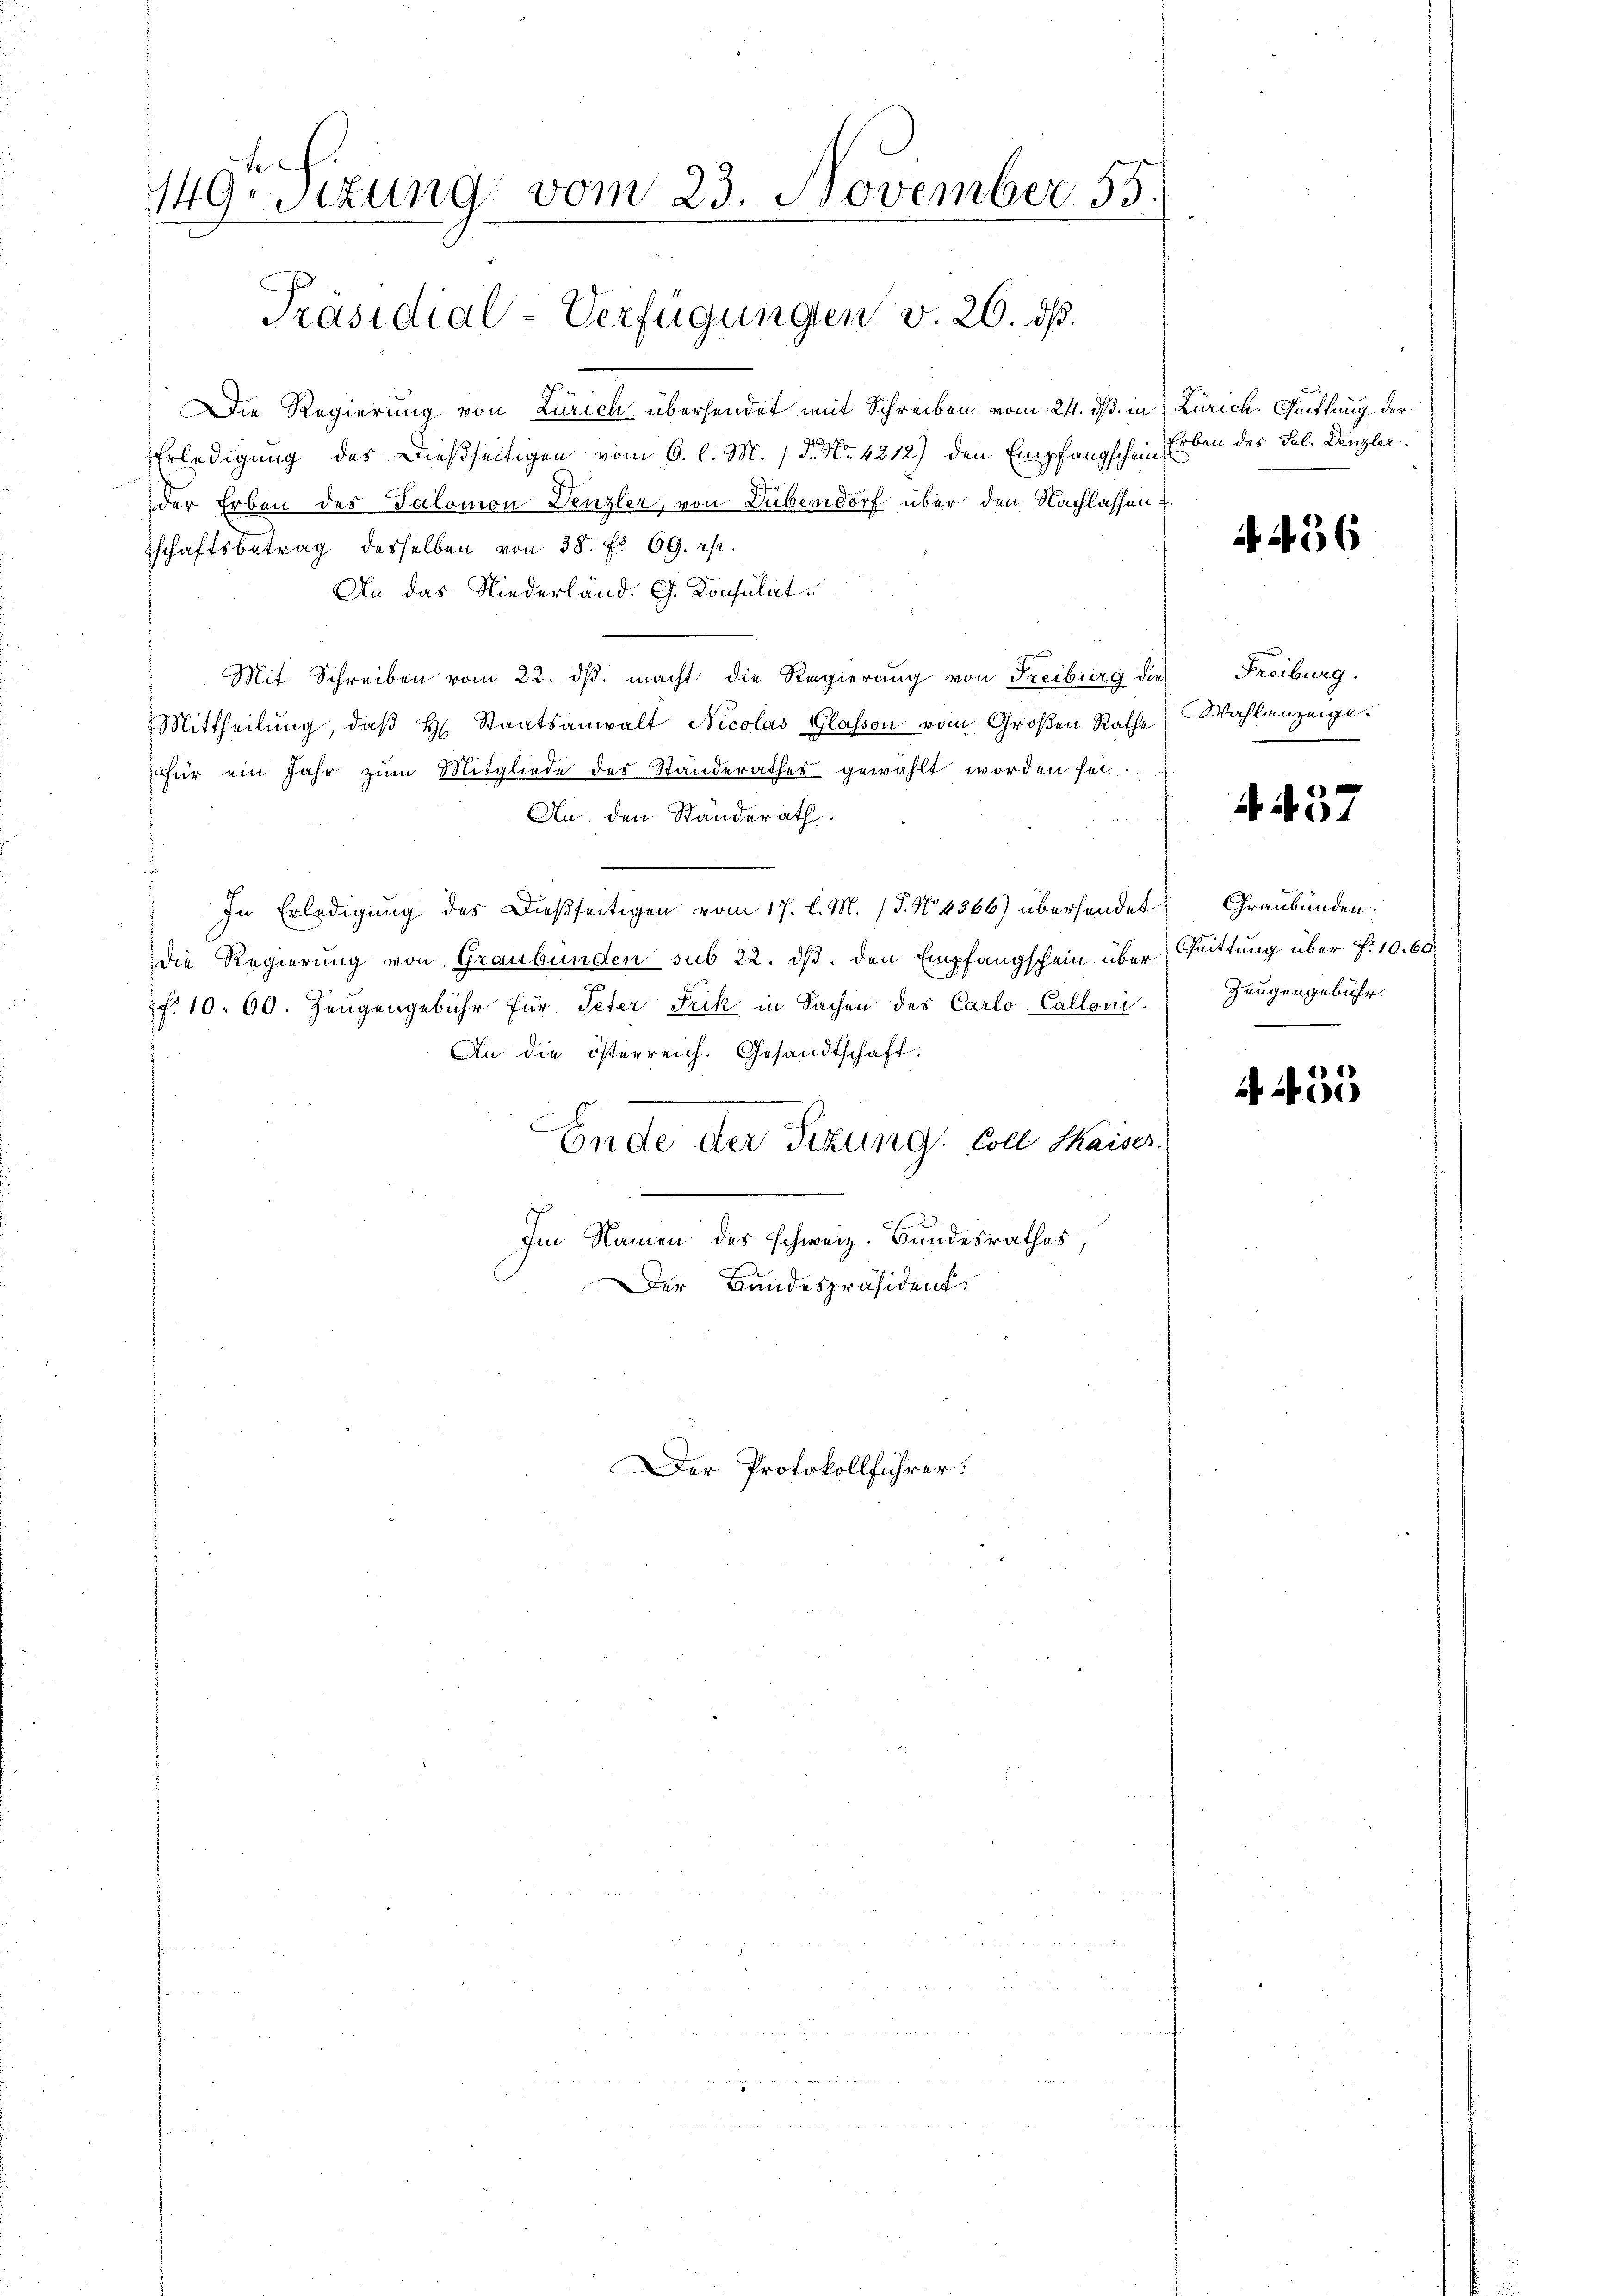
149. Sizung vom 23. November 55
Präsidial-Verfügungen v. 26. dß.

Die Regierung von Zürich übersendet mit Schreiben vom 21. ds. in
Erledigung des Dießseitigen vom 6. l. M. D. No. 4212) den Empfangscheinder Erben des Salomon Denzler, von Dübendorf über den Nachlassen
Tschaftsbetrag desselben von 38. f. 69. rp.
An das Niederländ. G. Konsulat
Mit Schreiben vom 22. dβ. macht die Regierung von Freiburg die
Mittheilŭng, daβ H. Staatsanwalt Nicolas Glasson vom Großen Rathe
für ein Jahr zum Mitgliede des Standerathes gewählt worden sei.
An. den Standerath.
In Erledigŭng des Dießseitigen vom 17. l. M. (§. N. 4366) übersendet Graubünden.
die Regierung von Graubünden sub 22. ds. den Empfangschein über
f. 10. 60. Zeŭgengebühr für Peter Frik in Sachen des Carlo Calloni.
An die österreich. Gesandtschaft.
Ende der Sitzung. Coll Kaiser.
Im Namen des schweiz. Bundesrathes,
Der Bundespräsident.

Der Protokollführer:

Zürich. Quittung der
Erben des Tal. Denzler.
E

4. 436

Freiburg.
Wahlanzeige.

4437

Quittung über §. 10. 60
Zeugengebühr.

4. 453